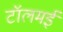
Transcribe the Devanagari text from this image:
टॉलमई